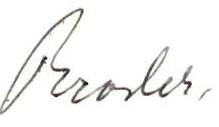
Broder,